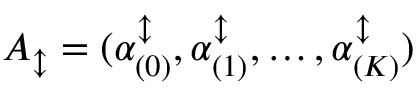
A _ { \updownarrow } = ( \alpha _ { ( 0 ) } ^ { \updownarrow } , \alpha _ { ( 1 ) } ^ { \updownarrow } , \ldots , \alpha _ { ( K ) } ^ { \updownarrow } )